Physiological action of certain drugs in tablet form - Number 52A
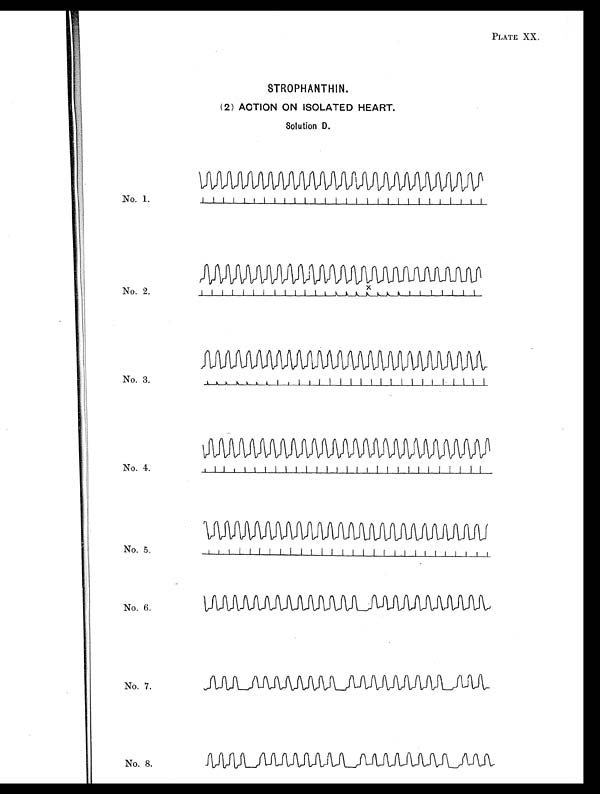
PLATE XX.
STROPHANTHIN.
(2) ACTION ON ISOLATED HEART.
Solution D.
No. 1.
No. 2.
x
No. 3.
No. 4.
No. 5.
No. 6.
No. 7.
No. 8.